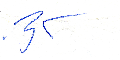
نهاد